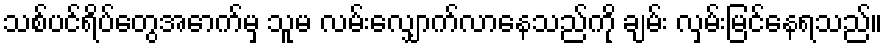
သစ်ပင်ရိပ်တွေအောက်မှ သူမ လမ်းလျှောက်လာနေသည်ကို ချမ်း လှမ်းမြင်နေရသည်။